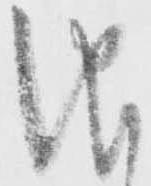
儀